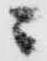
ニ